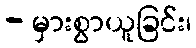
- မှားစွာယူခြင်း၊